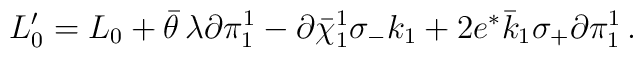
L_0' =   L_0 + \bar\theta \, \lambda \partial\pi_1^1 -  \partial\bar\chi_1^1 \sigma_-  k_1 + 2 e^* \bar k_1 \sigma_+ \partial \pi_1^1 \,  .